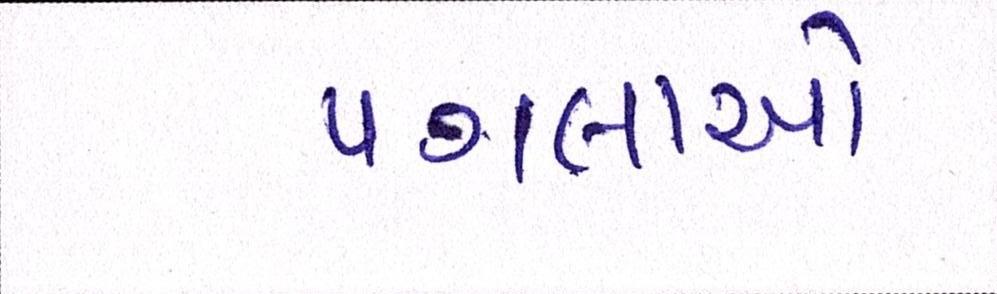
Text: પગલાઓ